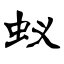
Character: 蚁